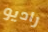
راديو